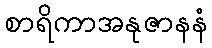
စာရိကာအနုဇာနနံ